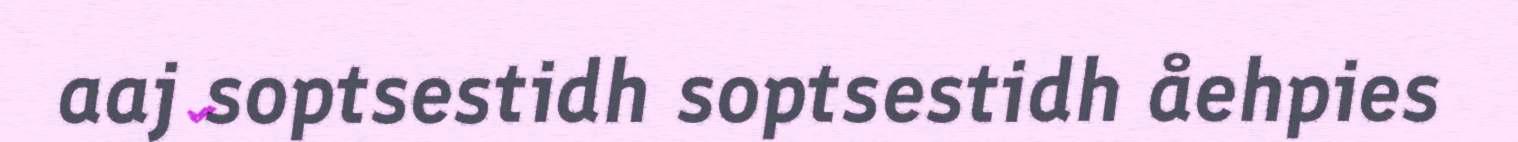
aaj soptsestidh soptsestidh åehpies